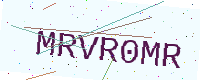
Text: MRVR0MR